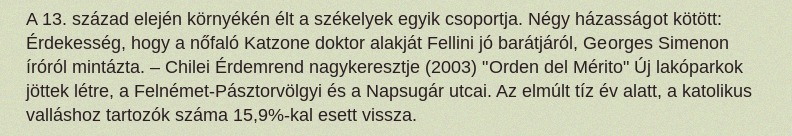
A 13. század elején környékén élt a székelyek egyik csoportja. Négy házasságot kötött: Érdekesség, hogy a nőfaló Katzone doktor alakját Fellini jó barátjáról, Georges Simenon íróról mintázta. – Chilei Érdemrend nagykeresztje (2003) "Orden del Mérito" Új lakóparkok jöttek létre, a Felnémet-Pásztorvölgyi és a Napsugár utcai. Az elmúlt tíz év alatt, a katolikus valláshoz tartozók száma 15,9%-kal esett vissza.